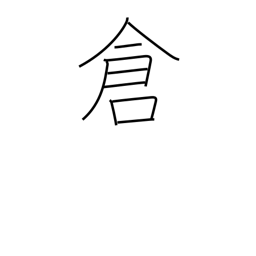
Meaning: treasury